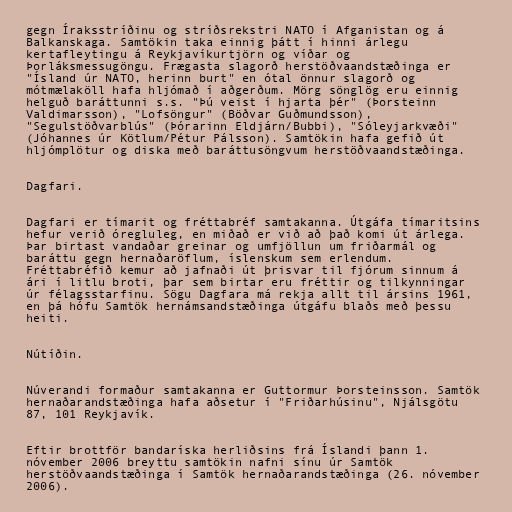
gegn Íraksstríðinu og stríðsrekstri NATO í Afganistan og á
Balkanskaga. Samtökin taka einnig þátt í hinni árlegu
kertafleytingu á Reykjavíkurtjörn og víðar og
Þorláksmessugöngu. Frægasta slagorð herstöðvaandstæðinga er
"Ísland úr NATO, herinn burt" en ótal önnur slagorð og
mótmælaköll hafa hljómað í aðgerðum. Mörg sönglög eru einnig
helguð baráttunni s.s. "Þú veist í hjarta þér" (Þorsteinn
Valdimarsson), "Lofsöngur" (Böðvar Guðmundsson),
"Segulstöðvarblús" (Þórarinn Eldjárn/Bubbi), "Sóleyjarkvæði"
(Jóhannes úr Kötlum/Pétur Pálsson). Samtökin hafa gefið út
hljómplötur og diska með baráttusöngvum herstöðvaandstæðinga.

Dagfari.

Dagfari er tímarit og fréttabréf samtakanna. Útgáfa tímaritsins
hefur verið óregluleg, en miðað er við að það komi út árlega.
Þar birtast vandaðar greinar og umfjöllun um friðarmál og
baráttu gegn hernaðaröflum, íslenskum sem erlendum.
Fréttabréfið kemur að jafnaði út þrisvar til fjórum sinnum á
ári í litlu broti, þar sem birtar eru fréttir og tilkynningar
úr félagsstarfinu. Sögu Dagfara má rekja allt til ársins 1961,
en þá hófu Samtök hernámsandstæðinga útgáfu blaðs með þessu
heiti.

Nútíðin.

Núverandi formaður samtakanna er Guttormur Þorsteinsson. Samtök
hernaðarandstæðinga hafa aðsetur í "Friðarhúsinu", Njálsgötu
87, 101 Reykjavík.

Eftir brottför bandaríska herliðsins frá Íslandi þann 1.
nóvember 2006 breyttu samtökin nafni sínu úr Samtök
herstöðvaandstæðinga í Samtök hernaðarandstæðinga (26. nóvember
2006).